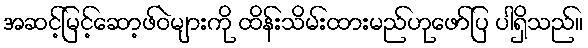
အဆင့်မြင့်ဆော့ဖ်ဝဲများကို ထိန်းသိမ်းထားမည်ဟုဖော်ပြ ပါရှိသည်။